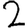
Digit: 2